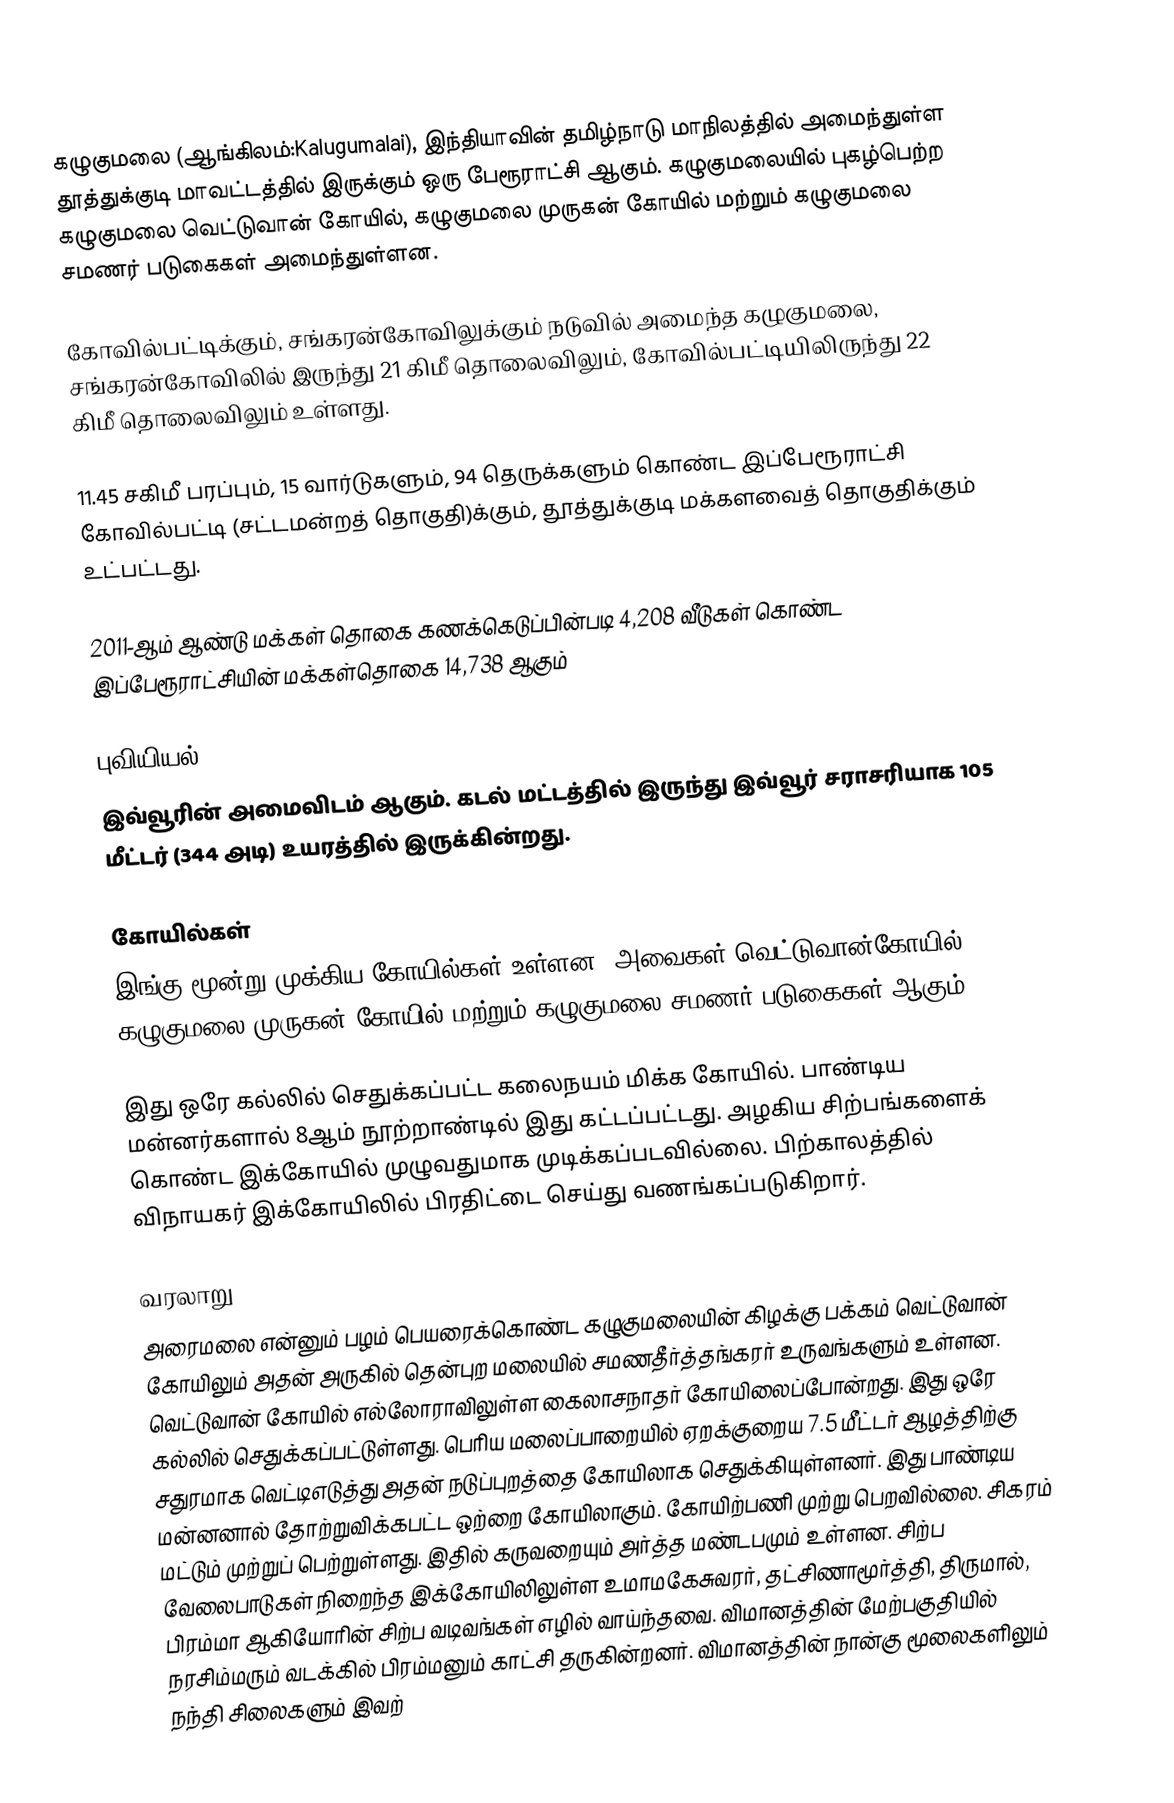
கழுகுமலை (ஆங்கிலம்:Kalugumalai), இந்தியாவின் தமிழ்நாடு மாநிலத்தில் அமைந்துள்ள தூத்துக்குடி மாவட்டத்தில் இருக்கும் ஒரு பேரூராட்சி ஆகும். கழுகுமலையில் புகழ்பெற்ற  கழுகுமலை வெட்டுவான் கோயில், கழுகுமலை முருகன் கோயில் மற்றும் கழுகுமலை சமணர் படுகைகள் அமைந்துள்ளன.

கோவில்பட்டிக்கும், சங்கரன்கோவிலுக்கும்  நடுவில் அமைந்த  கழுகுமலை,  சங்கரன்கோவிலில் இருந்து 21 கிமீ தொலைவிலும், கோவில்பட்டியிலிருந்து 22 கிமீ தொலைவிலும் உள்ளது.

11.45 சகிமீ பரப்பும்,    15  வார்டுகளும்,  94 தெருக்களும் கொண்ட இப்பேரூராட்சி  கோவில்பட்டி (சட்டமன்றத் தொகுதி)க்கும், தூத்துக்குடி மக்களவைத் தொகுதிக்கும் உட்பட்டது.

2011-ஆம் ஆண்டு மக்கள் தொகை கணக்கெடுப்பின்படி   4,208 வீடுகள் கொண்ட இப்பேரூராட்சியின் மக்கள்தொகை   14,738 ஆகும்

புவியியல்
இவ்வூரின் அமைவிடம்  ஆகும். கடல் மட்டத்தில் இருந்து இவ்வூர் சராசரியாக 105 மீட்டர் (344 அடி) உயரத்தில் இருக்கின்றது.

கோயில்கள்
இங்கு மூன்று முக்கிய கோயில்கள் உள்ளன. அவைகள் வெட்டுவான்கோயில், கழுகுமலை முருகன் கோயில் மற்றும் கழுகுமலை சமணர் படுகைகள் ஆகும்.

இது ஒரே கல்லில் செதுக்கப்பட்ட கலைநயம் மிக்க கோயில். பாண்டிய மன்னர்களால் 8ஆம் நூற்றாண்டில் இது கட்டப்பட்டது. அழகிய சிற்பங்களைக் கொண்ட இக்கோயில் முழுவதுமாக முடிக்கப்படவில்லை. பிற்காலத்தில் விநாயகர் இக்கோயிலில் பிரதிட்டை செய்து வணங்கப்படுகிறார்.

வரலாறு
அரைமலை என்னும் பழம் பெயரைக்கொண்ட கழுகுமலையின் கிழக்கு பக்கம் வெட்டுவான் கோயிலும் அதன் அருகில் தென்புற மலையில் சமணதீர்த்தங்கரர் உருவங்களும் உள்ளன. வெட்டுவான் கோயில் எல்லோராவிலுள்ள கைலாசநாதர் கோயிலைப்போன்றது. இது ஒரே கல்லில் செதுக்கப்பட்டுள்ளது. பெரிய மலைப்பாறையில் ஏறக்குறைய 7.5 மீட்டர் ஆழத்திற்கு சதுரமாக வெட்டிஎடுத்து அதன் நடுப்புறத்தை கோயிலாக செதுக்கியுள்ளனர். இது பாண்டிய மன்னனால் தோற்றுவிக்கபட்ட ஒற்றை கோயிலாகும். கோயிற்பணி முற்று பெறவில்லை. சிகரம் மட்டும் முற்றுப் பெற்றுள்ளது. இதில் கருவறையும் அர்த்த மண்டபமும் உள்ளன. சிற்ப வேலைபாடுகள் நிறைந்த இக்கோயிலிலுள்ள உமாமகேசுவரர், தட்சிணாமூர்த்தி, திருமால், பிரம்மா ஆகியோரின் சிற்ப வடிவங்கள் எழில் வாய்ந்தவை. விமானத்தின் மேற்பகுதியில் நரசிம்மரும் வடக்கில் பிரம்மனும் காட்சி தருகின்றனர். விமானத்தின் நான்கு மூலைகளிலும்  நந்தி சிலைகளும் இவற்